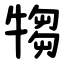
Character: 犓